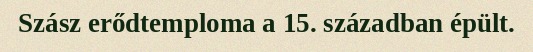
Szász erődtemploma a 15. században épült.